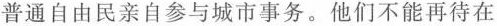
普通自由民亲自参与城市事务。他们不能再待在